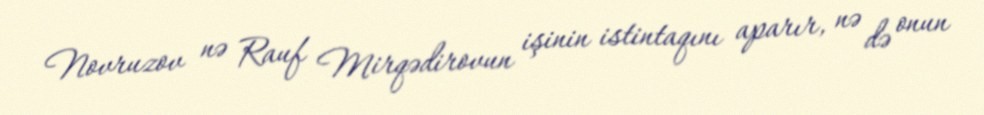
Novruzov nə Rauf Mirqədirovun işinin istintaqını aparır, nə də onun